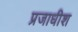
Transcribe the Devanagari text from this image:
प्रजाधीश